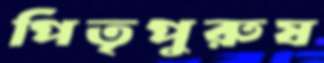
পিতৃপুরুষ